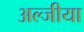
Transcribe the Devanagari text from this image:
अल्जीया